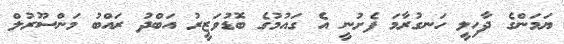
ޔަމަންގެ ދާހިލީ ހަނގުރާމަ ފެށުނީ އެ ގައުމުގެ ބޮޑުވަޒީރު އަބްދު ރައްބު މަންސޫރުލް